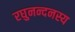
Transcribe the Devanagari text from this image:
रघुनन्दनस्य